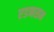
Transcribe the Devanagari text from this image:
एडनसन